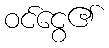
ဝင်ငွေ၏